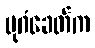
ပုဂံခေတ်က